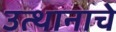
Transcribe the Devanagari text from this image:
उत्थानाचे